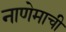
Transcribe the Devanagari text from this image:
नाणेमाची